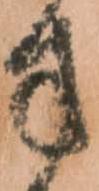
方